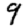
Digit: 9